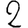
Digit: 2